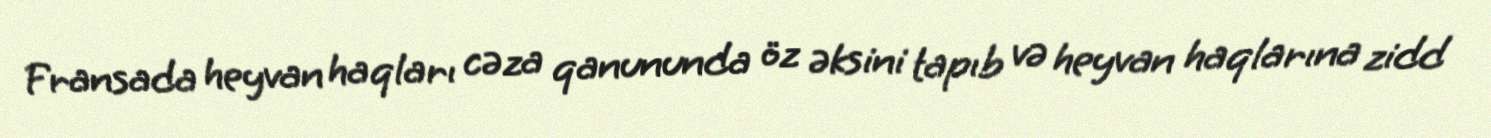
Fransada heyvan haqları cəza qanununda öz əksini tapıb və heyvan haqlarına zidd